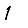
Digit: 1